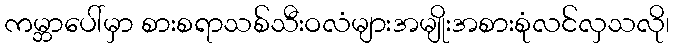
ကမ္ဘာပေါ်မှာ စားစရာသစ်သီးဝလံများအမျိုးအစားစုံလင်လှသလို၊